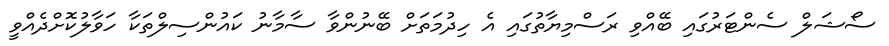
ސޯޝަލް ސެންޓަރުގައި ބޭއްވި ރަސްމިޔާތުގައި އެ ހިދުމަތަށް ބޭނުންވާ ސާމާނު ކައުންސިލްތަކާ ހަވާލުކޮށްދެއްވީ